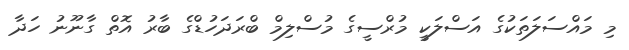
މި މައްސަލަތަކުގެ އަސްލަކީ މުރްސީގެ މުސްލިމް ބްރަދަހުޑްގެ ބާރު އޮތް ގާނޫނު ހަދާ